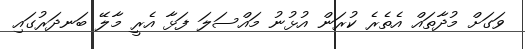
ވަގަށް މުދާތައް އެތެރެ ކުރަން އުޅުނު މައްސަލަ ފަޅާ އެރީ މާލޭ ބަނދަރުގައި